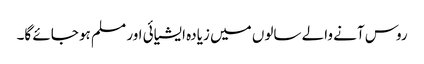
روس آنے والے سالوں میں زیادہ ایشیائی اور مسلم ہو جائے گا۔